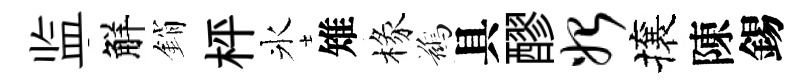
监觧銷枰氷雉椽鷀具醪始攘陳錫